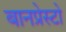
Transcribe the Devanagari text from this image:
बानप्रेस्टो